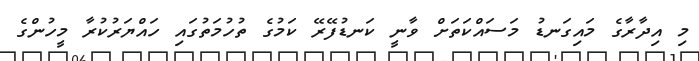
މި އިދާރާގެ މައިގަނޑު މަސައްކަތަށް ވާނީ ކަނޑުފޭރޭ ކަމުގެ ތުހުމަތުގައި ހައްޔަރުކުރާ މީހުންގެ